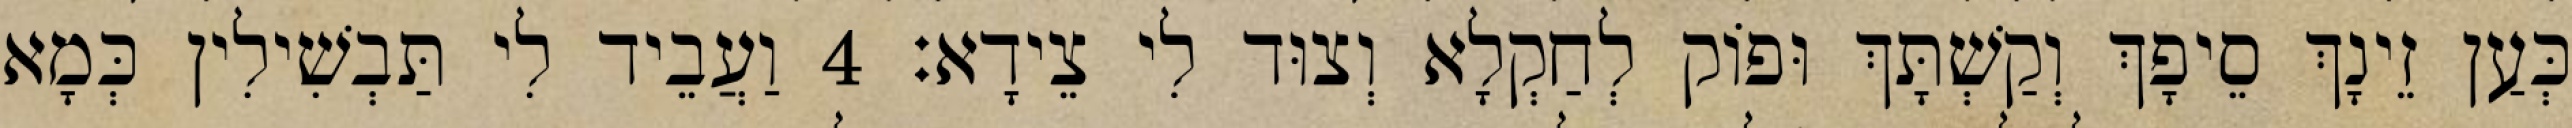
כְּעַן זֵינָךְ סֵיפָךְ וְקַשְׁתָּךְ וּפוֹק לְחַקְלָא וְצוּד לִי צֵידָא׃ 4 וַעֲבֵיד לִי תַּבְשִׁילִין כְּמָא